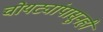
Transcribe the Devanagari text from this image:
चोयट्यांपासूनही